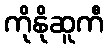
ကိုနိုဆူကီ